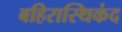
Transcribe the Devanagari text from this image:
बहिरास्थिकंद